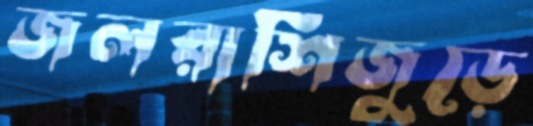
জলরাশিজুড়ে